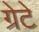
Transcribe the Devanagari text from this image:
ग्रेटे